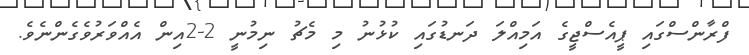
ފްރާންސްގައި ޕީއެސްޖީގެ އަމިއްލަ ދަނޑުގައި ކުޅުނު މި މެޗު ނިމުނީ 2-2އިން އެއްވަރުވެގެންނެވެ.